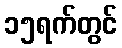
၁၅ရက်တွင်